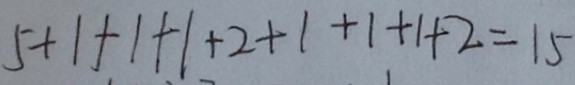
5 + 1 + 1 + 1 + 2 + 1 + 1 + 1 + 2 = 1 5